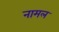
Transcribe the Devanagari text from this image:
नामल